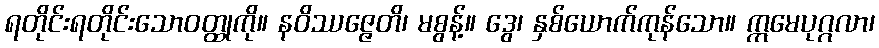
ရတိုင်းရတိုင်းသောဝတ္ထုကို။ နဝိဿဇ္ဇေတိ၊ မစွန့်။ ဒွေ၊ နှစ်ယောက်ကုန်သော။ ဣမေပုဂ္ဂလာ၊